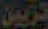
تزيين